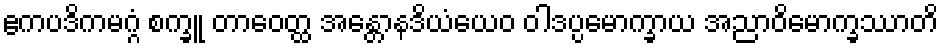
ဧကပဒိကမဂ္ဂံ စက္ခူ တာဝေတ္ထ အန္တောနဒိယံယေဝ ဝါဒပ္ပမောက္ခာယ အညာဝိမောက္ခဿာတိ